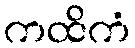
ကထိကံ